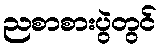
ညစာစားပွဲတွင်